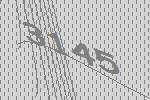
3145